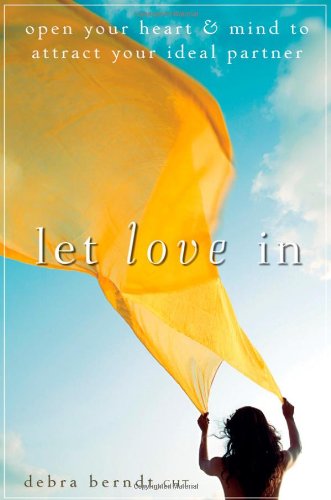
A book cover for Let Love In: Open Your Heart and Mind to Attract Your Ideal Partner; Debra Berndt; Self-Help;